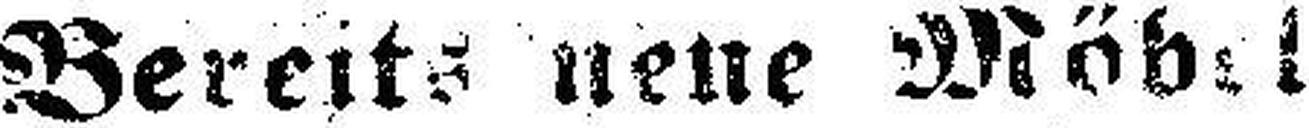
Bereits neue Möbel